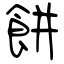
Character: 餅